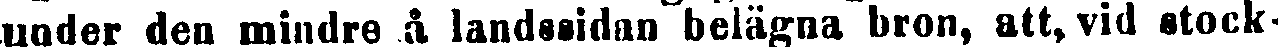
under den mindre å landssidan belägna bron, att, vid stock-